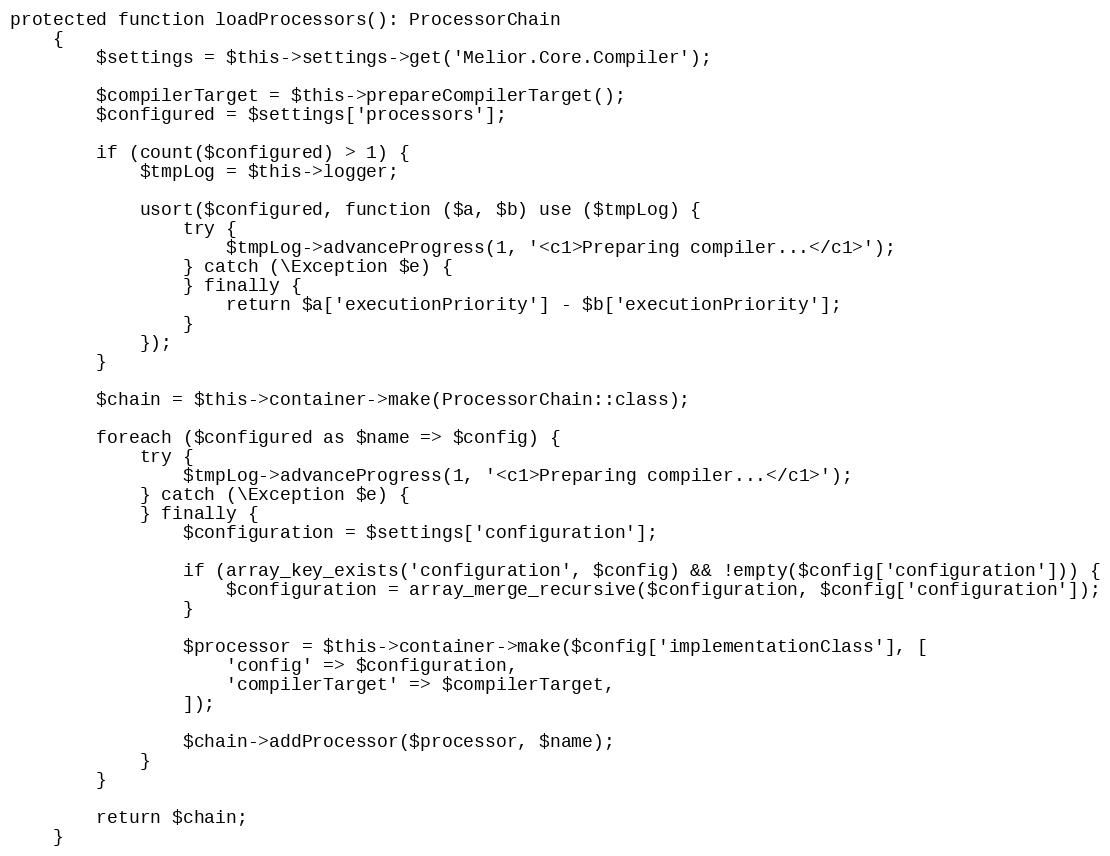
Language: PHP
protected function loadProcessors(): ProcessorChain
    {
        $settings = $this->settings->get('Melior.Core.Compiler');

        $compilerTarget = $this->prepareCompilerTarget();
        $configured = $settings['processors'];

        if (count($configured) > 1) {
            $tmpLog = $this->logger;

            usort($configured, function ($a, $b) use ($tmpLog) {
                try {
                    $tmpLog->advanceProgress(1, '<c1>Preparing compiler...</c1>');
                } catch (\Exception $e) {
                } finally {
                    return $a['executionPriority'] - $b['executionPriority'];
                }
            });
        }

        $chain = $this->container->make(ProcessorChain::class);

        foreach ($configured as $name => $config) {
            try {
                $tmpLog->advanceProgress(1, '<c1>Preparing compiler...</c1>');
            } catch (\Exception $e) {
            } finally {
                $configuration = $settings['configuration'];

                if (array_key_exists('configuration', $config) && !empty($config['configuration'])) {
                    $configuration = array_merge_recursive($configuration, $config['configuration']);
                }

                $processor = $this->container->make($config['implementationClass'], [
                    'config' => $configuration,
                    'compilerTarget' => $compilerTarget,
                ]);

                $chain->addProcessor($processor, $name);
            }
        }

        return $chain;
    }